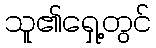
သူ၏ရှေ့တွင်